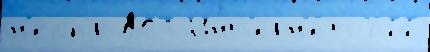
н'еопр АСТ Инт'ерн'е́т 266